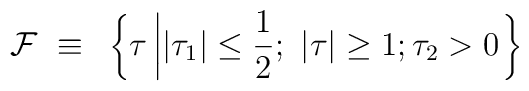
{\cal F}~\equiv~\left\{ \tau\left||\tau_1|\leq\frac{1}{2};~\vert\tau\vert\geq 1; \tau_2>0 \right. \right\}